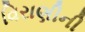
વિરાણીની